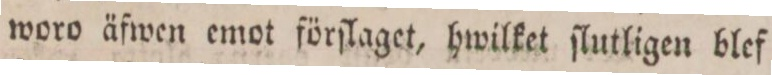
woro äfwen emot förſlaget, hwilket ſlutligen blef